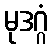
မုဒဂ္ဂံ